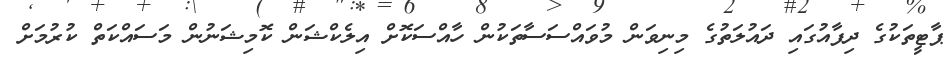
ޕާޓީތަކުގެ ދިފާއުގައި ދައުލަތުގެ މިނިވަން މުވައްސަސާތަކުން ހާއްސަކޮށް އިލެކްޝަން ކޮމިޝަނުން މަސައްކަތް ކުރުމަށް